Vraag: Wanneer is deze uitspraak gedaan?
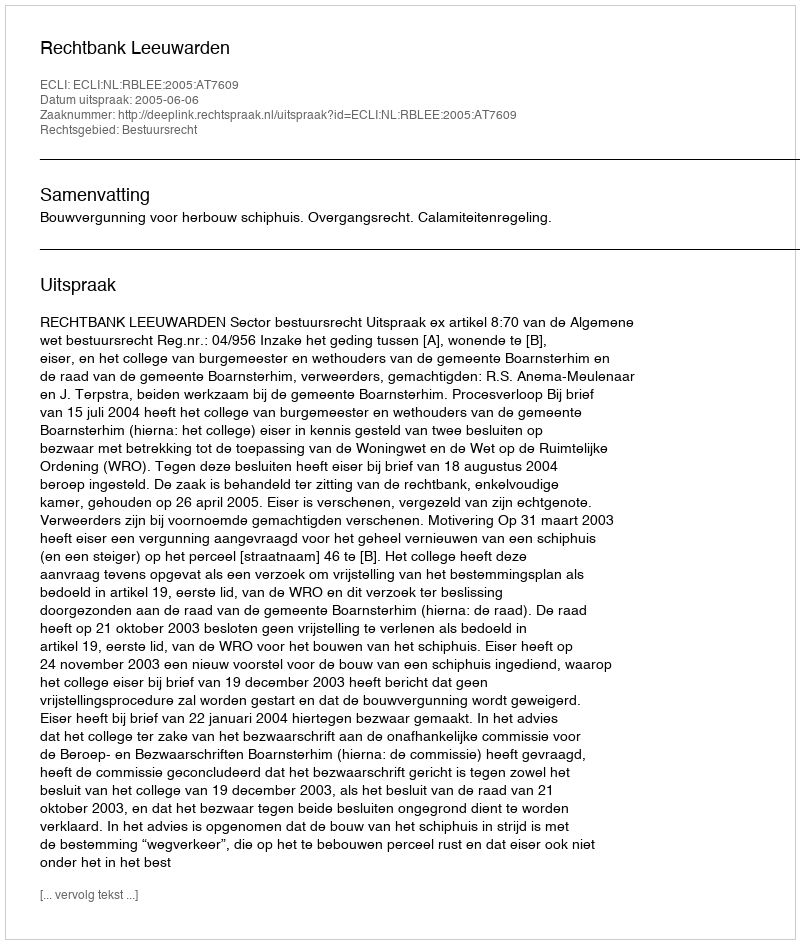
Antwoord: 2005-06-06